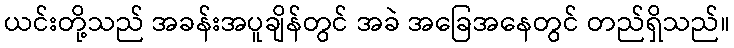
ယင်းတို့သည် အခန်းအပူချိန်တွင် အခဲ အခြေအနေတွင် တည်ရှိသည်။